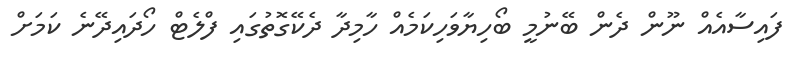
ފައިސާއެއް ނޫން ދެން ބޭނުމީ ބޯހިޔާވަހިކަމެއް ހާމިދާ ދެކޭގޮތުގައި ފްލެޓް ހޯދައިދޭނެ ކަމަށް